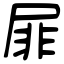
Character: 屝